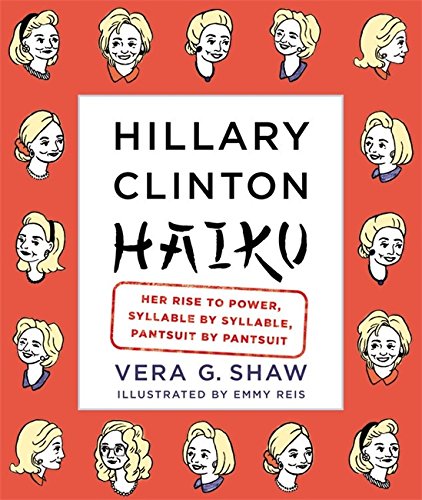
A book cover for Hillary Clinton Haiku: Her Rise to Power, Syllable by Syllable, Pantsuit by Pantsuit; Vera G. Shaw; Humor & Entertainment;